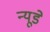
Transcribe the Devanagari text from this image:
न्यूडे